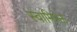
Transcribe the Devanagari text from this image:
स्वामिभ्क्त